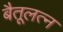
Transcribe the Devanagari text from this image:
बैतूलत्न